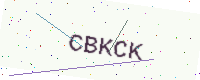
Text: CBKCK